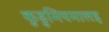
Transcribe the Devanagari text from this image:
कुडुमियमालइ